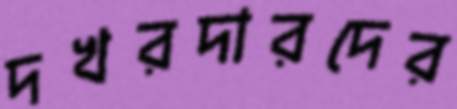
দখরদারদের